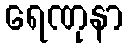
ရေဏုနာ